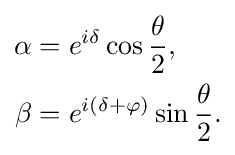
{\begin{aligned}\alpha &=e^{i\delta }\cos {\frac {\theta }{2}},\\\beta &=e^{i(\delta +\varphi )}\sin {\frac {\theta }{2}}.\end{aligned}}